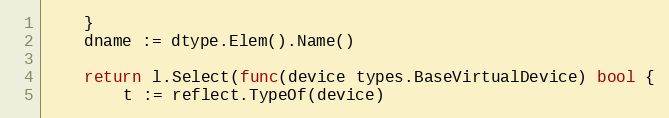
Language: Go
	}
	dname := dtype.Elem().Name()

	return l.Select(func(device types.BaseVirtualDevice) bool {
		t := reflect.TypeOf(device)